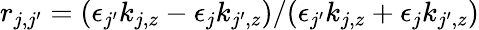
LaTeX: r_{j,j^{\prime}}=(\epsilon_{j^{\prime}}k_{j,z}-\epsilon_{j}k_{j^{\prime},z})/(\epsilon_{j^{\prime}}k_{j,z}+\epsilon_{j}k_{j^{\prime},z})